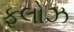
ફલોઝ